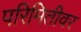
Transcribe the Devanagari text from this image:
परिमितीवर